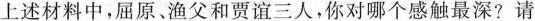
上述材料中，屈原、渔父和贾谊三人，你对哪个感触最深?请